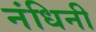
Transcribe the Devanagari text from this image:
नंधिनी